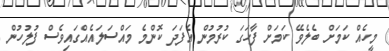
މީހެއް ކަމަށް ބެލެވޭ ކަމަށް ފާހަގަ ކުރުމުން އެފަދަ ކޮންމެ މައްސަލައެއްގައިވެސް ފުލުހުން